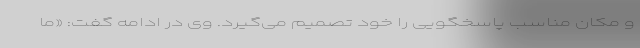
و مکان مناسب پاسخگویی را خود تصمیم می‌گیرد. وی در ادامه گفت: «ما